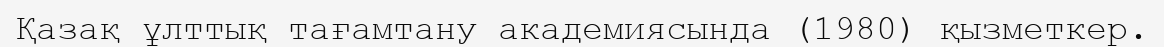
Қазақ ұлттық тағамтану академиясында (1980) қызметкер.